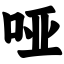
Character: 哑